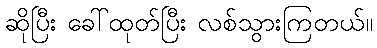
ဆိုပြီး ခေါ်ထုတ်ပြီး လစ်သွားကြတယ်။